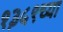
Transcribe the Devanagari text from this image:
१३५९च्या